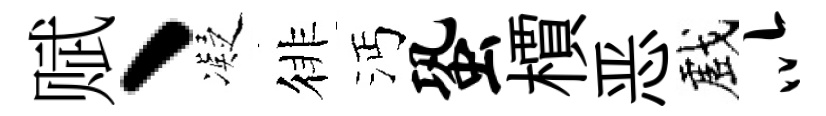
赋、凝徘沔蛩檟恶戲以